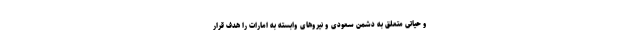
و حیاتی متعلق به دشمن سعودی و نیروهای وابسته به امارات را هدف قرار